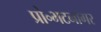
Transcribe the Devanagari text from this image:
प्रो॰भटनागर